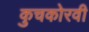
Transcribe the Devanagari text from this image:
कुचकोरवी